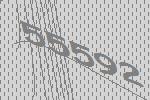
55592